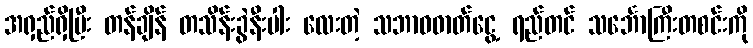
အရှည်ရှိပြီး တန်ချိန် တသိန်းခွဲနီးပါး လေးတဲ့ သဘာဝဓာတ်ငွေ့ ရည်တင် သင်္ဘောကြီးတစင်းကို